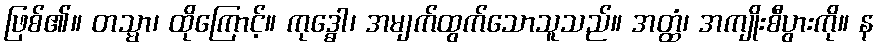
ဖြစ်၏။ တသ္မာ၊ ထိုကြောင့်။ ကုဒ္ဓေါ၊ အမျက်ထွက်သောသူသည်။ အတ္ထံ၊ အကျိုးစီပွားကို။ န